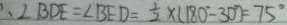
\therefore \angle B D E = \angle B E D = \frac { 1 } { 2 } \times ( 1 8 0 ^ { \circ } - 3 0 ^ { \circ } ) = 7 5 ^ { \circ }